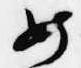
女